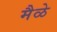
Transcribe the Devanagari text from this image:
मैळे